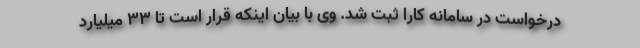
درخواست در سامانه کارا ثبت شد. وی با بیان اینکه قرار است تا ۳۳ میلیارد